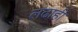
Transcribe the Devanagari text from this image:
लढाही